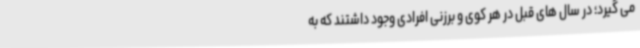
می گیرد؛ در سال های قبل در هر کوی و برزنی افرادی وجود داشتند که به